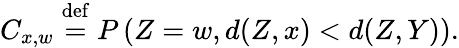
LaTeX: C_{x,w}\stackrel{\mathrm{def}}{=}P\left(Z=w,d(Z,x)<d(Z,Y)\right).